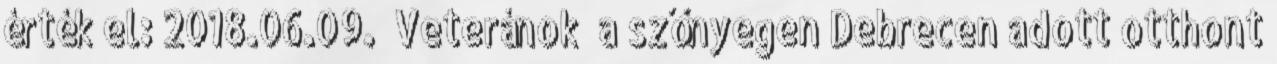
érték el: 2018.06.09. “Veteránok” a szőnyegen Debrecen adott otthont